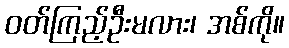
ဝတ်ကြည့်ဦးမလား၊ အစ်ကို။